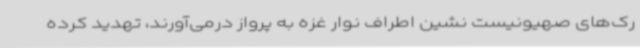
رک‌های صهیونیست نشین اطراف نوار غزه به پرواز درمی‌آورند، تهدید کرده